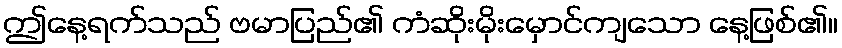
ဤနေ့ရက်သည် ဗမာပြည်၏ ကံဆိုးမိုးမှောင်ကျသော နေ့ဖြစ်၏။